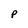
Character: p